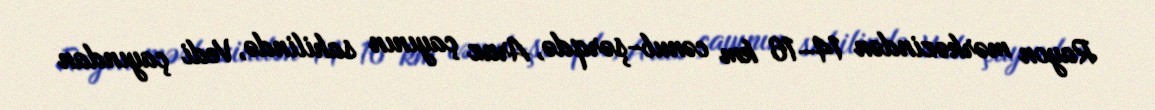
Rayon mərkəzindən 14–16 km cənub-şərqdə, Araz çayının sahilində, Vedi çayından